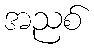
အညစ်